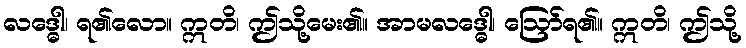
လဒ္ဓေါ၊ ရ၏လော။ ဣတိ၊ ဤသို့မေး၏။ အာမလဒ္ဓေါ၊ ဩော်ရ၏။ ဣတိ၊ ဤသို့